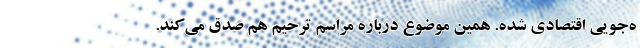
ه‌جویی اقتصادی شده. همین موضوع درباره مراسم ترحیم هم صدق می‌کند.